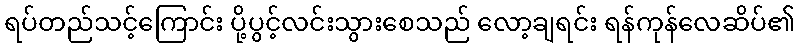
ရပ်တည်သင့်ကြောင်း ပို့ပွင့်လင်းသွားစေသည် လော့ချရင်း ရန်ကုန်လေဆိပ်၏